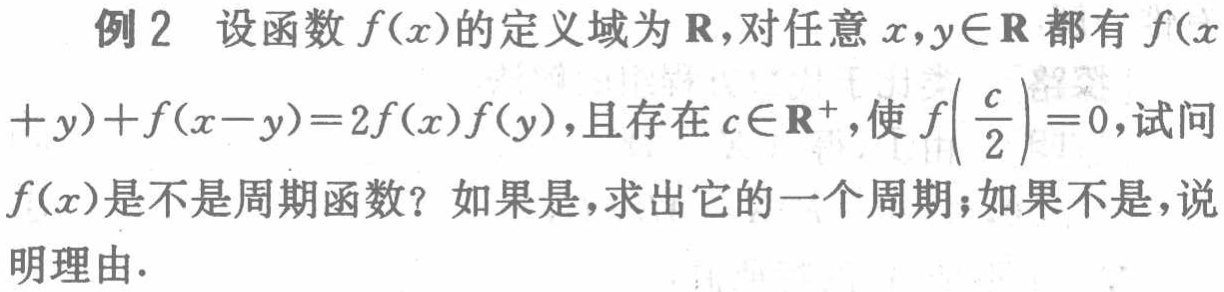
例2 设函数\(f(x)\)的定义域为\(\mathbf{R}\)，对任意\(x,y\in\mathbf{R}\)都有\(f(x + y)+f(x - y)=2f(x)f(y)\)，且存在\(c\in\mathbf{R}^{+}\)，使\(f\left(\frac{c}{2}\right)=0\)，试问\(f(x)\)是不是周期函数？如果是，求出它的一个周期；如果不是，说明理由.